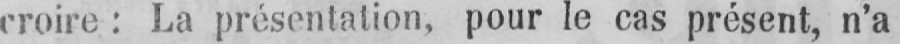
croire: La présentation, pour le cas présent, n’a